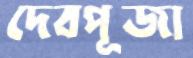
দেবপূজা